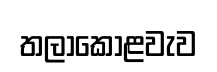
තලාකොළවැව